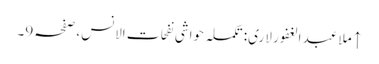
↑ ملا عبد الغفور لاری: تکملہ حواشی نفحات الانس، صفحہ 9۔